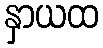
နှာယထ